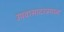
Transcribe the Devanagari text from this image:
उपवासादरम्यान